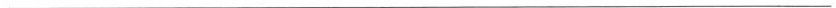
___